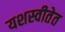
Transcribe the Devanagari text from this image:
यशस्वीतेत